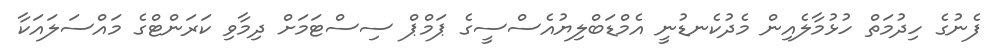
ފެނުގެ ހިދުމަތް ހުޅުމާލެއިން މެދުކެނޑުނީ އެމްޑަބްލިޔުއެސްސީގެ ޕަމްޕް ސިސްޓަމަށް ދިމާވި ކަރަންޓްގެ މައްސަލައަކާ